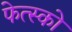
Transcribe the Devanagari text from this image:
फेत्स्को